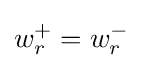
w_{r}^{+}=w_{r}^{-}